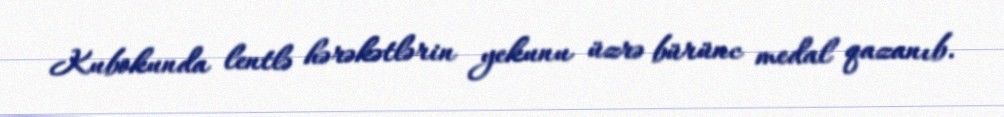
Kubokunda lentlə hərəkətlərin yekunu üzrə bürünc medal qazanıb.